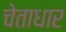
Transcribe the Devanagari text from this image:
चेताधार